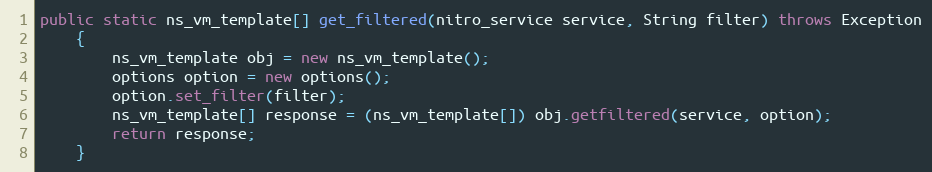
Language: Java
public static ns_vm_template[] get_filtered(nitro_service service, String filter) throws Exception
	{
		ns_vm_template obj = new ns_vm_template();
		options option = new options();
		option.set_filter(filter);
		ns_vm_template[] response = (ns_vm_template[]) obj.getfiltered(service, option);
		return response;
	}